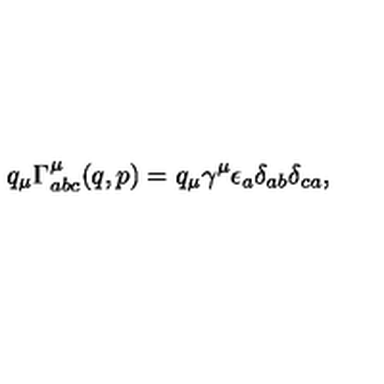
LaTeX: q _ { \mu } \Gamma _ { a b c } ^ { \mu } ( q , p ) = q _ { \mu } \gamma ^ { \mu } \epsilon _ { a } \delta _ { a b } \delta _ { c a } ,